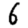
Digit: 6